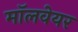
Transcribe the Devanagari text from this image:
मॉलवेयर